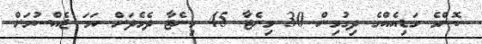
ކޮންމެ ގަޑިއެއްގެ ދިގުމިން 30 މިނެޓާ 45 މިނެޓާ ދެމެދަށް ހަމަ ޖެއްސުމަށް